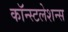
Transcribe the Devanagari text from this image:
कॉन्स्टलेशन्स